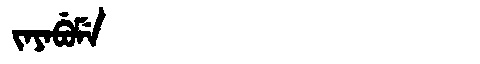
Manchu: ᠵᠠᠶᠠᠪᡠᠮᡝ
Romanization: JAYABUME